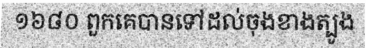
១៦៨០ ពួកគេបានទៅដល់ចុងខាងត្បូង